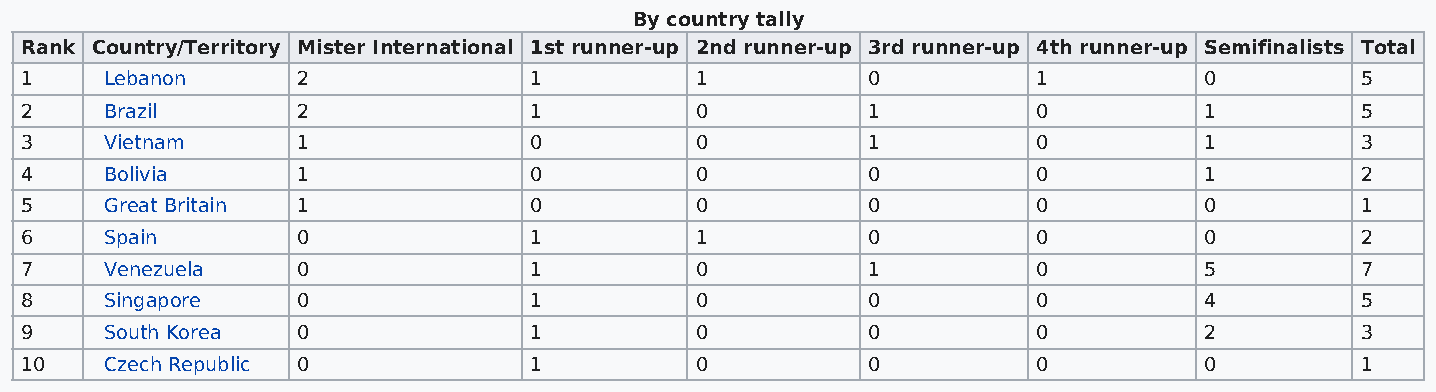
By country tally
 Rank Country/Territory Mister International 1st runner-up 2nd runner-up 3rd runner-up 4th runner-up Semifinalists Total
 1     Lebanon      2              1          1          0           1          0         5
 2     Brazil       2              1          0          1           0          1         5
 3     Vietnam      1              0          0          1           0          1         3
 4     Bolivia      1              0          0          0           0          1         2
 5     Great Britain 1             0          0          0           0          0         1
 6     Spain        0              1          1          0           0          0         2
 7     Venezuela    0              1          0          1           0          5         7
 8     Singapore    0              1          0          0           0          4         5
 9     South Korea  0              1          0          0           0          2         3
 10    Czech Republic 0            1          0          0           0          0         1